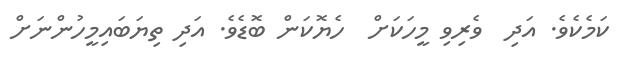
ކަމެކެވެ. އަދި  ވެރިވި މީހަކަށް  ހެޔޮކަން ބޮޑެވެ. އަދި ތިޔަބައިމީހުންނަށް